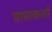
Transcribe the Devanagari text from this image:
प्राप्ताकर्ता